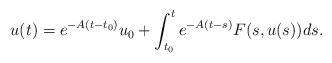
LaTeX: \begin{align*}u(t)=e^{-A( t-t_0)}u_0 +\int_{t_0}^te^{-A( t-s)} F(s,u(s))ds.\end{align*}